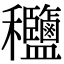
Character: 𥤟